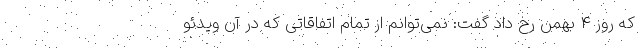
که روز ۴ بهمن رخ داد گفت: نمی‌توانم از تمام اتفاقاتی که در آن ویدئو